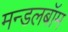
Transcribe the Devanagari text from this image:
मन्डलबॉम